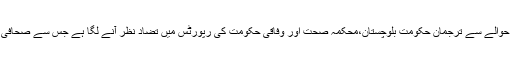
دوسری جانب کورونا وائرس کے مریضو ں کی تعداد کے حوالے سے ترجمان حکومت بلوچستان،محکمہ صحت اور وفاقی حکومت کی رپورٹس میں تضاد نظر آنے لگا ہے جس سے صحافی پریشان ہیں کہ کس رپورٹ پر یقین کریں اور کس پر نہیں۔